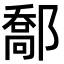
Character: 𨝰